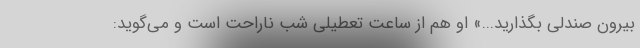
بیرون صندلی بگذارید...» او هم از ساعت تعطیلی شب ناراحت است و می‌گوید: